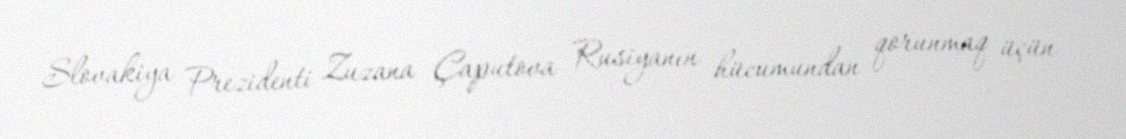
Slovakiya Prezidenti Zuzana Çaputova Rusiyanın hücumundan qorunmaq üçün